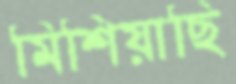
মিশিয়াছি